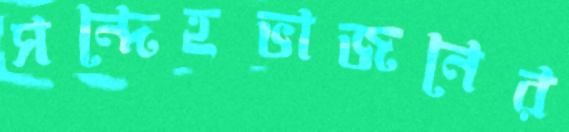
সন্দেহভাজনের